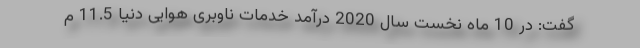
گفت: در 10 ماه نخست سال 2020 درآمد خدمات ناوبری هوایی دنیا 11.5 م